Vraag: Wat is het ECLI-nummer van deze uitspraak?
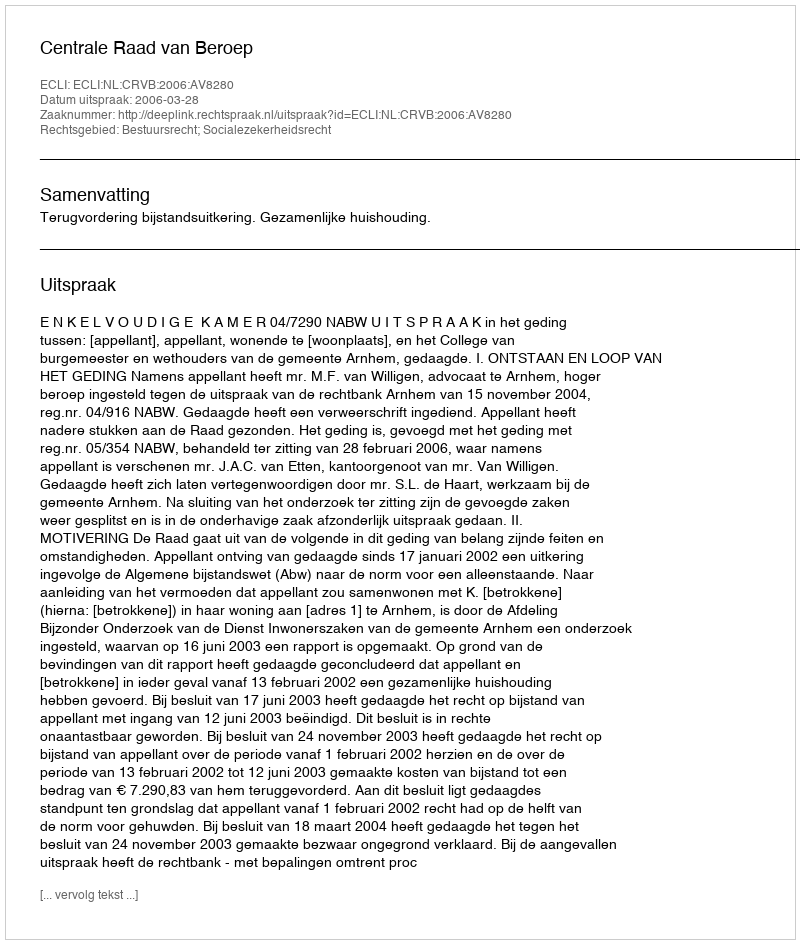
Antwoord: ECLI:NL:CRVB:2006:AV8280